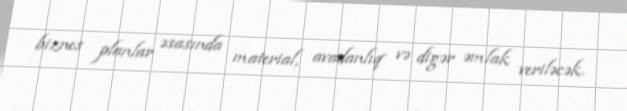
biznes planlar əsasında material, avadanlıq və digər əmlak veriləcək.